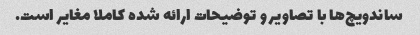
ساندویچ‌ها با تصاویر و توضیحات ارائه شده کاملا مغایر است.